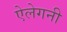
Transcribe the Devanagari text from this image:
ऐलेगनी